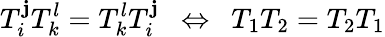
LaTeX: T_{i}^{\mathbf{j}}T_{k}^{l}=T_{k}^{l}T_{i}^{\mathbf{j}}\ \ \Leftrightarrow\ \ T_{1}T_{2}=T_{2}T_{1}